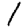
Digit: 1